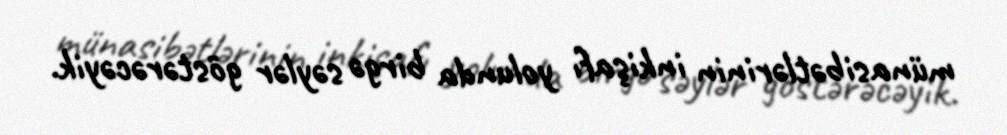
münasibətlərinin inkişafı yolunda birgə səylər göstərəcəyik.